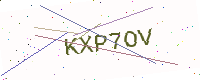
Text: KXP7OV